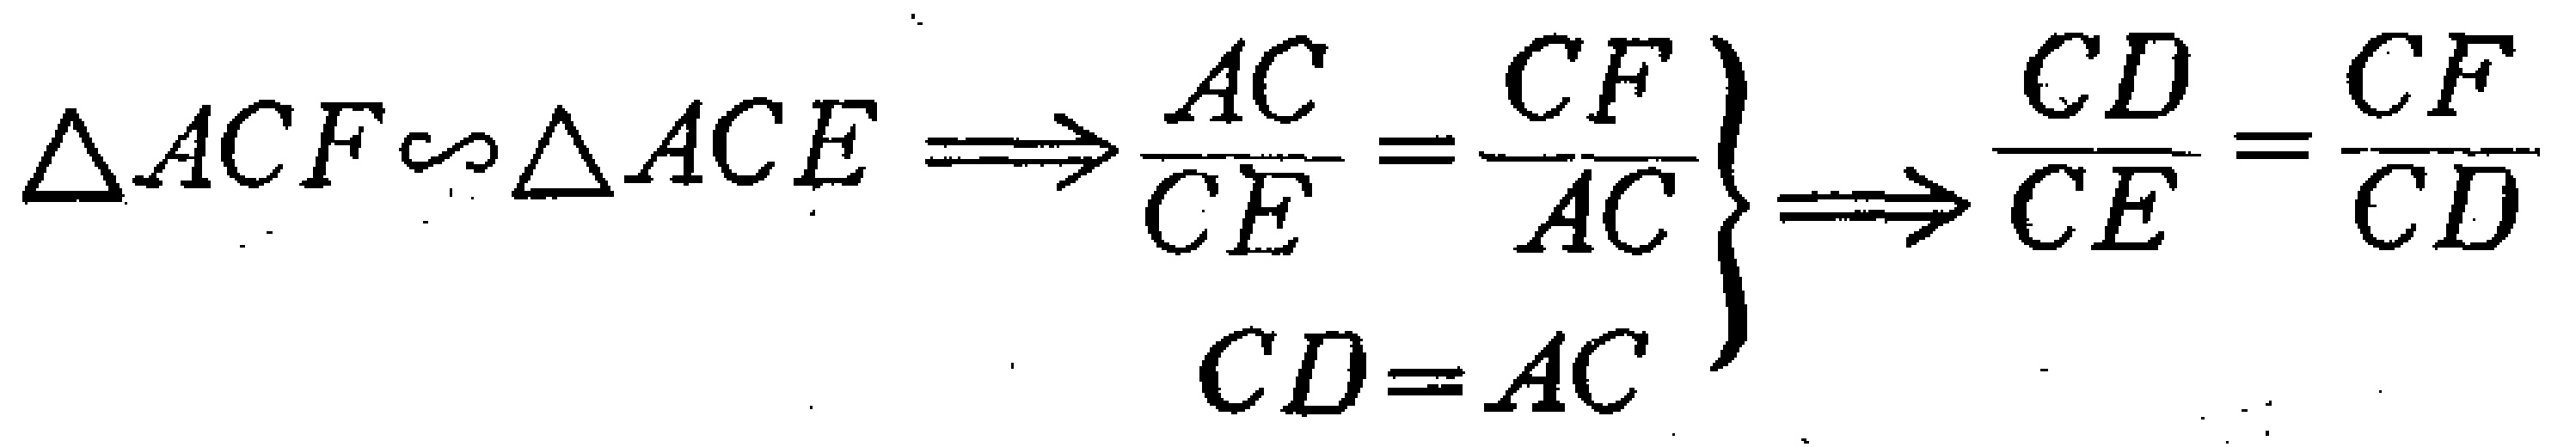
\(\Delta ACF\sim\Delta ACE\Longrightarrow\left.\begin{array}{l}\dfrac{AC}{CE}=\dfrac{CF}{AC}\\CD = AC\end{array}\right\}\Longrightarrow\dfrac{CD}{CE}=\dfrac{CF}{CD}\)